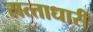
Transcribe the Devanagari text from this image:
सत्‍ताधारी